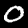
Label: 0